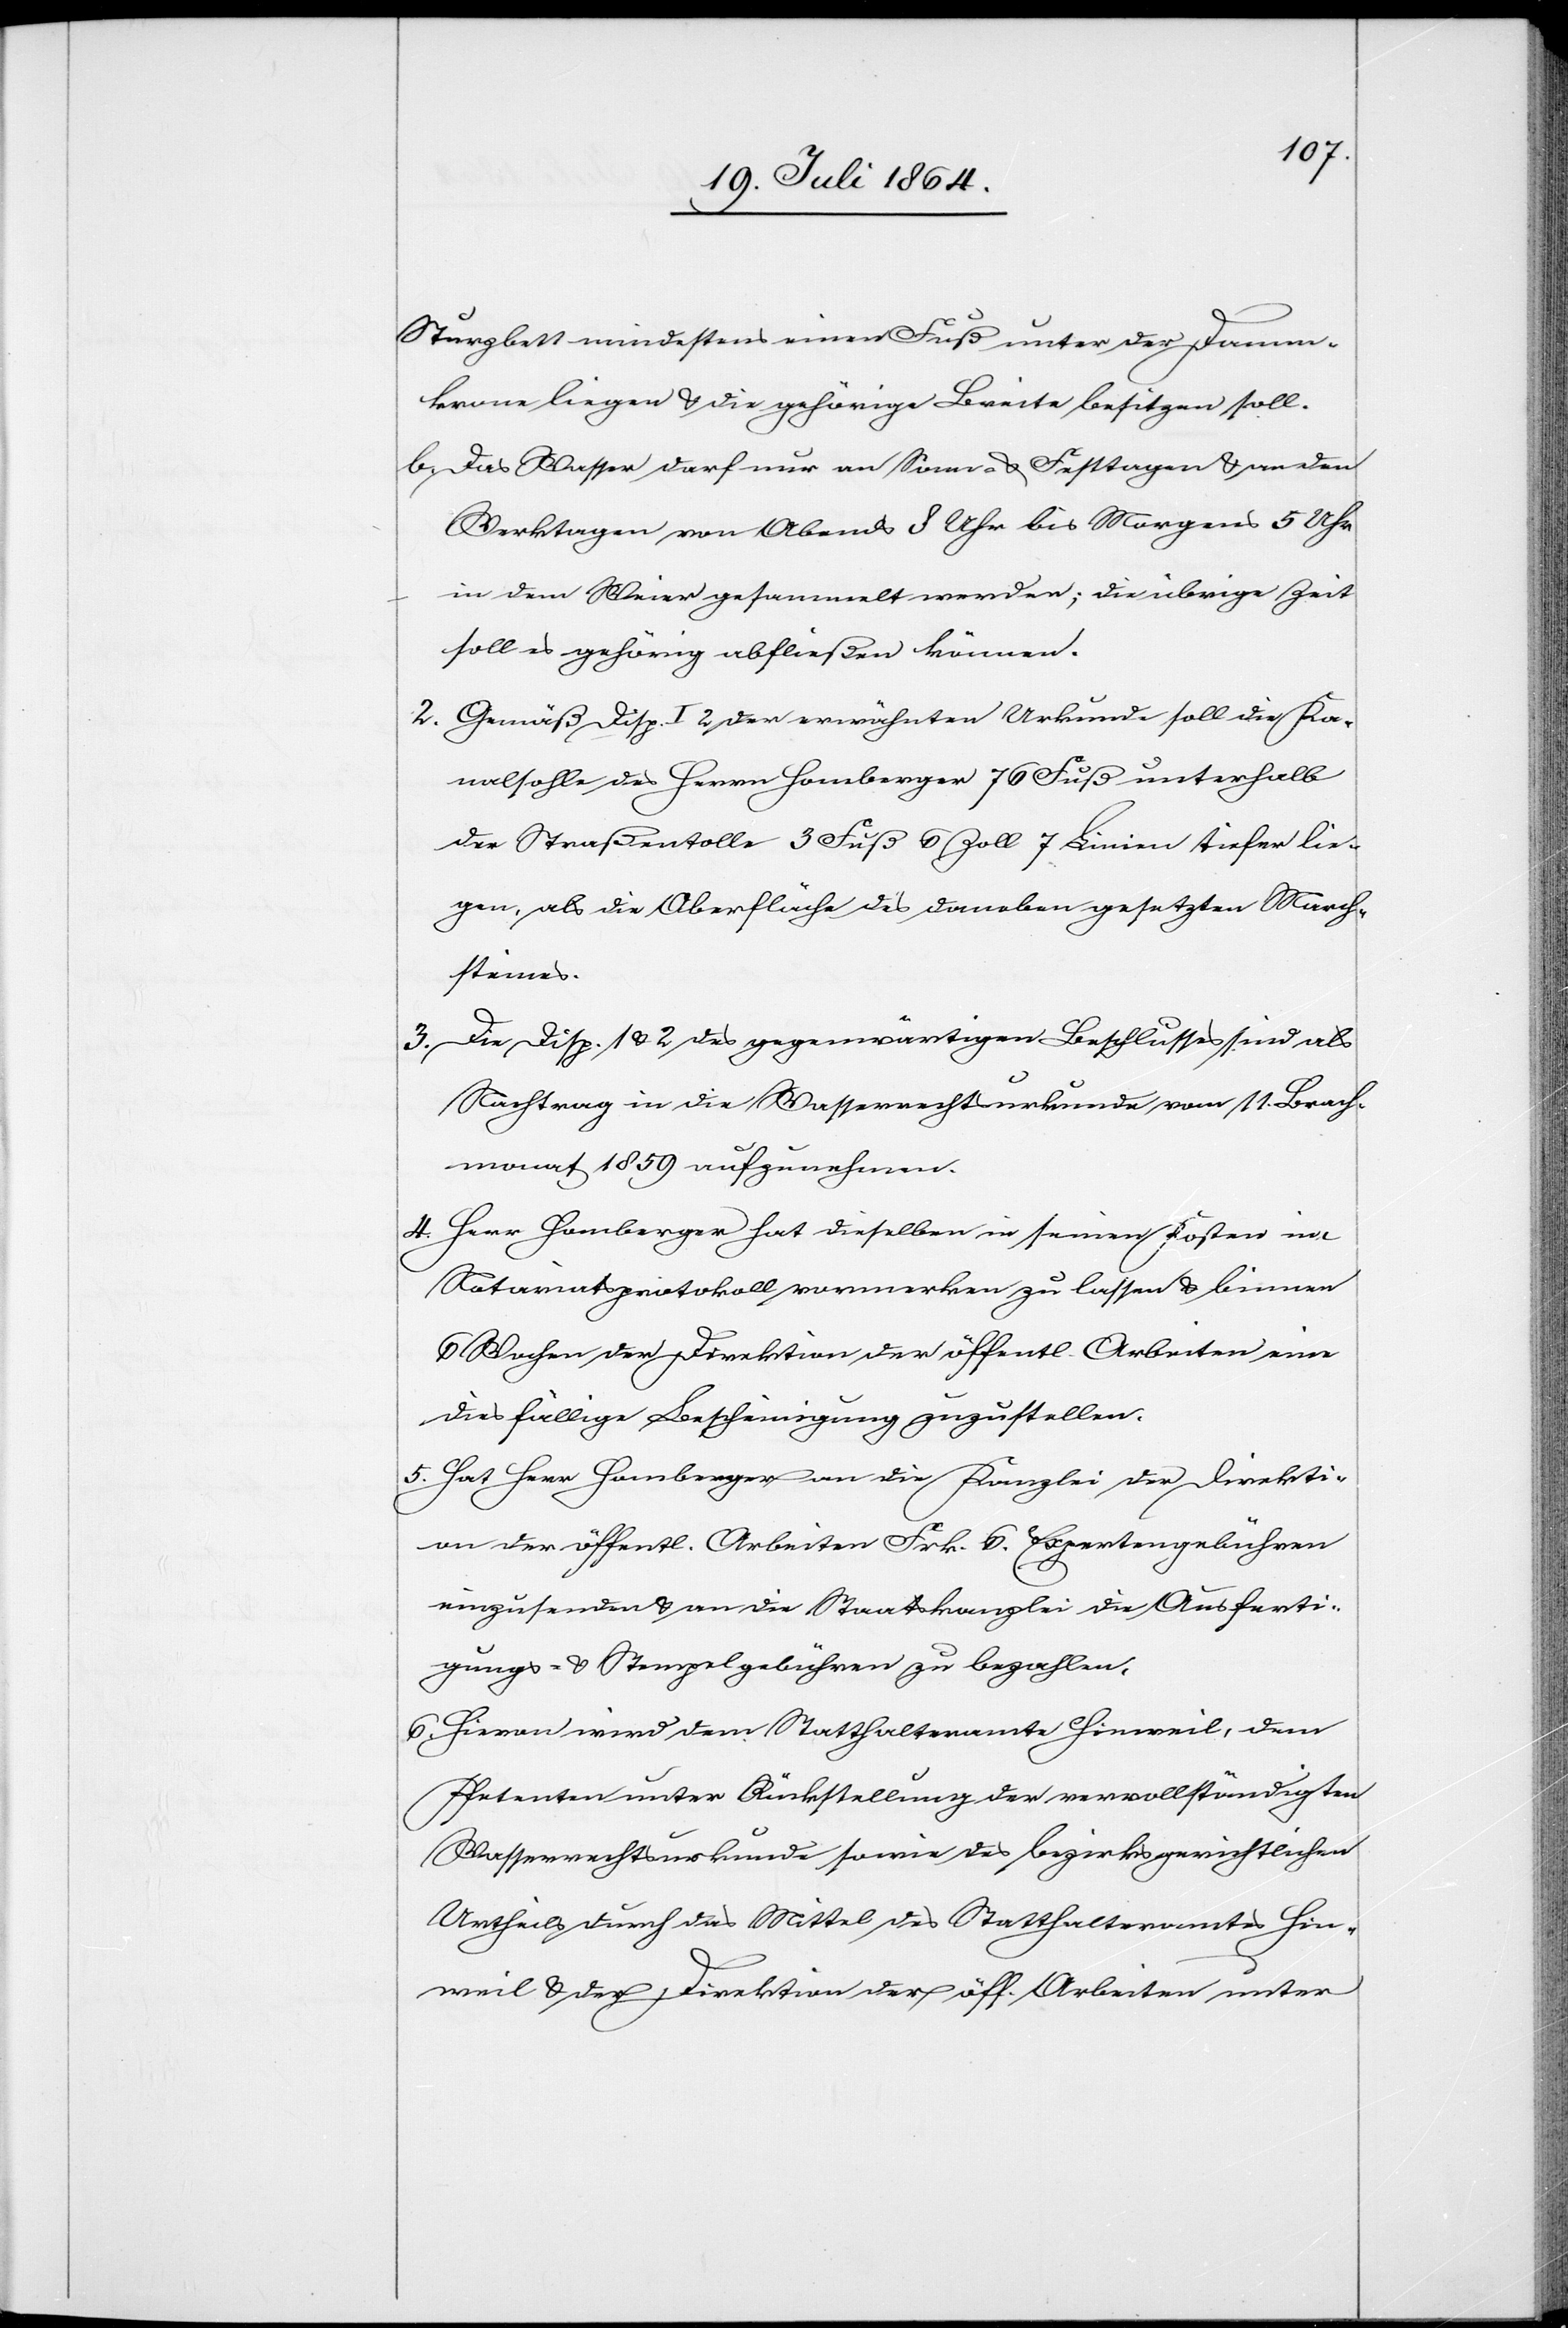
Sturzbett mindestens einen Fuß unter der Damm¬
krone liegen u. die gehörige Breite besitzen soll.
b. Das Wasser darf nur an Sonn- u. Festtagen u. an den
Werktagen von Abends 8 Uhr bis Morgens 5 Uhr
in dem Weier gesammelt werden; die übrige Zeit
soll es gehörig abfließen können.
2. Gemäß Disp. I 2 der erwähnten Urkunde soll die Ka¬
nalsohle des Herrn Homberger 76 Fuß unterhalb
der Straßentolle 3 Fuß 6 Zoll 7 Linien tiefer lie¬
gen, als die Oberfläche des daneben gesetzten March¬
steines.
3. Die Disp. 1 u. 2 des gegenwärtigen Beschlusses sind als
Nachtrag in die Wasserrechtsurkunde vom 11. Brach¬
monat 1859 aufzunehmen.
4. Herr Homberger hat dieselben in seinen Kosten im
Notariatsprotokoll vormerken zu lassen u. binnen
6 Wochen der Direktion der öffentl. Arbeiten eine
diesfällige Bescheinigung zuzustellen.
5. Hat Herr Homberger an die Kanzlei der Direkti¬
on der öffentl. Arbeiten Frk. 6. Expertengebühren
einzusenden u. an die Staatskanzlei die Ausferti¬
gungs- u. Stempelgebühren zu bezahlen.
6. Hievon wird dem Statthalteramte Hinweil, dem
Petenten unter Rückstellung der vervollständigten
Wasserrechtsurkunde sowie des bezirksgerichtlichen
Urtheils durch das Mittel des Statthalteramtes Hin¬
weil u. der Direktion der öff. Arbeiten unter